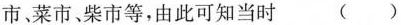
市菜市、柴市等，由此可知当时( )